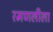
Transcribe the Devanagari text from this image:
रमणलीला